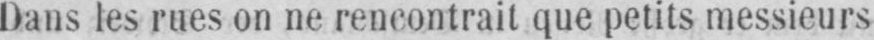
Doms les rues on ne rencontrait que petits messieurs